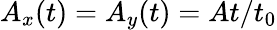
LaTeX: A_{x}(t)=A_{y}(t)=At/t_{0}